Lunatic asylums United Prov. 1922-30 - 1922-1930
Year: 1922
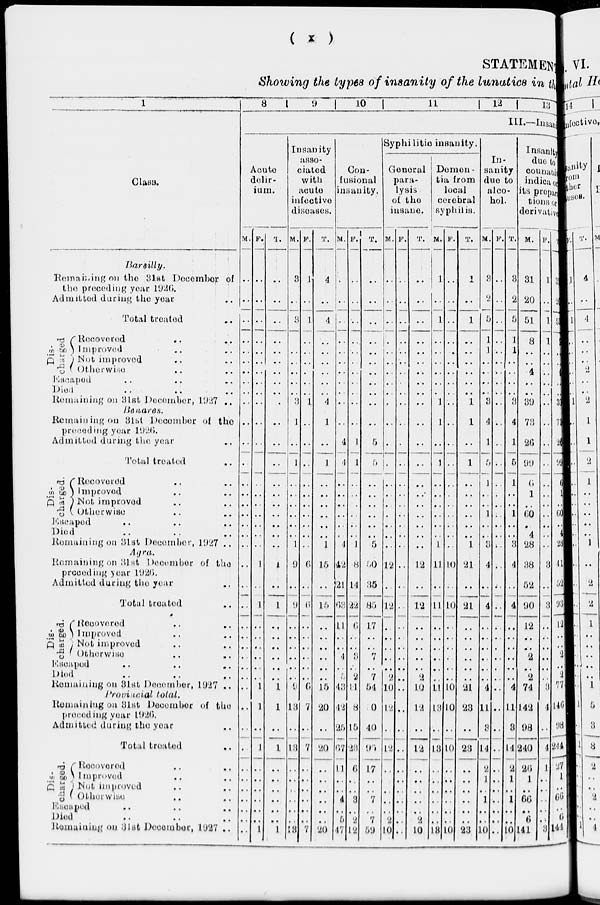
(
x
)
STATEMENT
Showing the types of insanity of the lunatics in the
1
Class.
Bareilly.
Remaining on the 31st December of
the preceding year 1926.
Admitted during the year ..
Total treated ..
Dis-
charged
Recovered .. ..
Improved .. ..
Not improved .. ..
Otherwise .. ..
Escaped .. .. ..
Died .. .. ..
Remaining on 31st December, 1927 ..
Benares.
Remaining
on 31st December of the
preceding year l926.
Admitted during the year ..
Total treated ..
Dis-
charged
Recovered .. ..
Improved .. ..
Not improved .. ..
Otherwise .. ..
Escaped .. .. ..
Died .. .. ..
Remaining on 31st December, 1927 ..
Agra.
Remaining on 31st December of the
preceding year 1926.
Admitted during the year ..
Total treated ..
Dis-
charged.
Recovered .. ..
Improved .. ..
Not improved .. ..
Otherwise .. ..
Escaped
..
.. ..
Died .. .. ..
Remaining on 31st December, 1927 ..
Provincial
total.
Remaining on 31st December of the
preceding year 1926.
Admitted during the year ..
Total treated ..
Dis-
charged.
Recovered .. ..
Improved .. ..
Not improved .. ..
Otherwise .. ..
Escaped .. .. ..
Died .. .. ..
Remaining on 31st December, 1927 ..
8
9
10
11
12
13
III.—Insan
Acute
delir-
ium.
M.
..
..
..
..
..
..
..
..
..
..
..
..
..
..
..
..
..
..
..
..
..
..
..
..
..
..
..
..
..
..
..
..
..
..
..
..
..
...
..
..
F.
..
..
..
..
..
..
..
..
..
..
..
..
..
..
..
..
..
..
..
..
1
..
1
..
..
..
..
..
..
1
1
..
1
..
..
..
..
..
..
1
T.
..
..
..
..
..
..
..
..
..
..
...
..
..
..
..
..
..
..
..
..
1
..
1
..
..
..
..
..
..
1
1
..
1
..
..
..
..
..
..
1
Insanity
asso-
ciated
with
acute
infective
diseases.
M.
3
..
3
..
..
..
..
..
..
3
1
..
1
..
..
..
..
..
..
1
9
..
9
..
..
..
..
..
..
9
13
..
13
..
..
..
..
..
..
13
F.
1
..
1
..
..
..
..
..
..
1
..
..
..
..
..
..
..
..
..
..
6
..
6
..
..
..
..
..
..
6
7
..
7
..
..
..
..
..
..
7
T.
4
..
4
..
..
..
..
..
..
4
1
..
1
..
..
..
..
..
..
1
15
..
15
..
..
..
...
..
..
15
20
..
20
..
..
..
..
..
..
20
Con-
fusional
insanity.
M.
..
..
..
..
..
..
..
..
..
..
..
4
4
..
..
..
..
..
..
1
42
21
63
11 ..
..
4
..
5
43
42
25
67
11
..
..
4
..
5
47
F.
..
..
..
..
..
..
..
..
..
..
..
1
1
..
..
..
..
..
..
1
8
14
22
6
..
..
3
..
2
11
8
15
23
6
..
..
3
..
2
12
T.
..
..
..
..
..
..
..
..
..
..
..
5
5
..
..
..
..
..
..
..
50
35
85
17 ..
..
7
..
7
54
50
40
90
17
..
..
7
..
7
59
Syphilitic insanity.
Geueral
para-
lysis
of the
insane.
M.
..
..
..
..
..
..
..
..
..
..
..
.
.
..
..
..
..
..
..
..
12
..
12
..
.
..
..
..
2
10
12
.
12
..
..
..
..
..
2
10
F.
..
..
..
..
..
..
..
..
..
..
..
.
..
..
..
..
..
..
..
..
..
..
..
..
..
..
..
..
..
..
..
..
..
..
..
..
..
..
..
..
T.
..
..
..
..
..
..
..
..
..
..
..
..
..
..
..
..
..
..
..
..
12
..
12
..
..
..
..
..
2
10
12
..
12
..
..
..
..
..
..
10
Demen-
tia from
local
cerebral
syphilis.
M.
1
..
1
..
..
..
..
..
..
1
1
..
1
..
..
..
..
..
..
1
11
..
11
..
..
..
..
..
..
11
13
..
13
..
..
..
..
..
..
13
F.
..
..
..
..
..
..
..
..
..
..
..
..
..
..
..
..
..
..
..
..
10
..
10
..
..
..
..
..
..
10
10
..
10
..
..
..
..
..
..
10
T.
1
..
1
..
..
..
..
..
..
1
1
..
1
..
..
..
..
..
..
1
21
..
21
..
..
..
..
..
..
21
23
..
23
..
..
..
..
..
..
23
In-
-anity
due to
alco-
hol.
M.
3
2
6
1
1
..
..
..
..
3
4
1
5
1
..
..
1
..
..
3
4
..
4
..
..
..
..
..
..
4
11
3
14
2
1
..
1
..
..
10
F.
..
..
..
..
..
..
..
..
..
..
..
..
..
..
..
..
..
..
..
..
..
..
..
..
..
..
..
..
..
..
..
..
..
...
..
..
..
..
..
...
T.
3
2
6
1
1
..
..
..
..
3
4
1
5
1
..
..
1
..
..
3
4
..
4
..
..
..
..
..
..
4
11
3
14
2
1
..
1
...
..
10
Insanity
due to
counabis
indica or
its prepar-
tions or
derivative
M.
31
20
51
8
..
..
4
..
..
39
73
26
99
6
1
..
60
.
..
28
38
52
90
12 ..
..
2
..
2
74
142
98
240
26
1
..
66
..
6
141
F.
1
..
1
1
..
..
..
..
..
..
..
..
..
..
..
..
..
..
..
..
3
..
3
..
..
..
..
..
..
3
4
..
4
1
..
..
...
...
..
3
T.
3
2
5
1
..
..
4
..
..
39
73
26
99
6
1
..
60
..
..
28
41
52
93
12
..
..
2
..
2
77
146
98
244
27
1
..
66
..
6
144